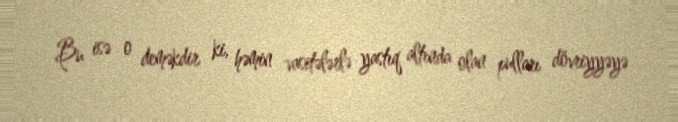
Bu isə o deməkdir ki, həmin vasitələrlə yastıq altında olan pulları dövriyyəyə